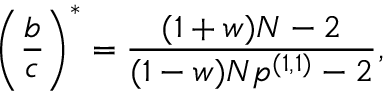
\left( \frac { b } { c } \right) ^ { * } = \frac { ( 1 + w ) N - 2 } { ( 1 - w ) N p ^ { ( 1 , 1 ) } - 2 } ,